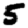
Digit: 5